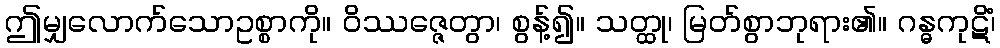
ဤမျှလောက်သောဥစ္စာကို။ ဝိဿဇ္ဇေတွာ၊ စွန့်၍။ သတ္ထု၊ မြတ်စွာဘုရား၏။ ဂန္ဓကုဋိံ၊